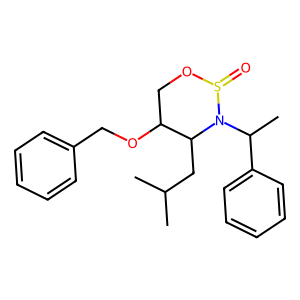
SMILES: CC(C)CC1C(OCc2ccccc2)COS(=O)N1C(C)c1ccccc1
Inhibits HIV replication: No